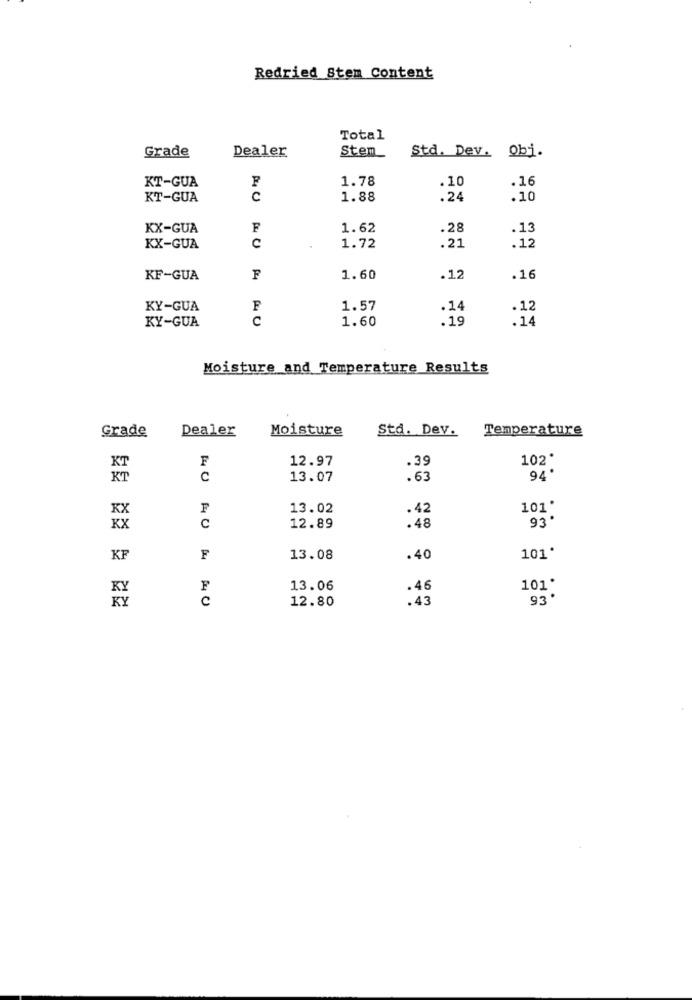
Redried Stem Content
Total
Grade
Dealer
Stem
Std. Dev. Obi.
F
1.78
.10
.16
KT-GUA
KT-GUA
C
1.88
.24
.10
KX-GUA
F
1.62
.28
.13
C
1.72
.12
KX-GUA
.21
KF-GUA
F
1.60
.12
.16
KY-GUA
F
1.57
.14
.12
KY-GUA
C
1.60
.19
.14
Moisture and Temperature Results
Dealer
Moisture
Std. Dev.
Temperature
Grade
12.97
.39
102*
F
C
13.07
.63
94*
F
13.02
.42
101.
0
93 .
12.89
.48
KF
F
13.08
.40
101.
F
13.06
.46
101*
KY
c
12.80
.43
93 .